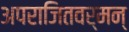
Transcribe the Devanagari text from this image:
अपराजितवर्मन्